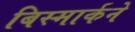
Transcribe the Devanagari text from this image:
बिस्मार्कने